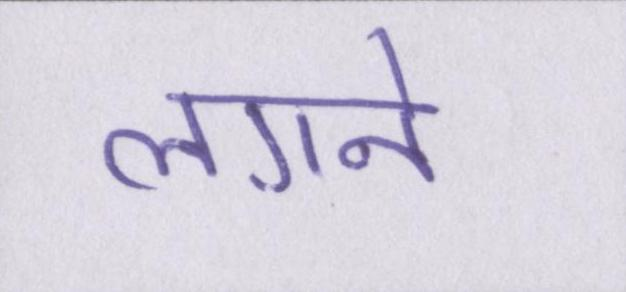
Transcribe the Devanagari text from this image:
लगने